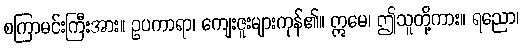
စကြာမင်းကြီးအား။ ဥပကာရာ၊ ကျေးဇူးများကုန်၏။ ဣမေ၊ ဤသူတို့ကား။ ရညော၊